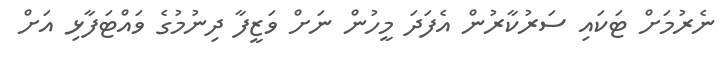
ނެރުމަށް ޓަކައި ސަރުކާރުން އެފަަދަ މީހުން ނަށް ވަޒީފާ ދިނުމުގެ ވައްޓަފާޅި އަށް